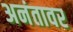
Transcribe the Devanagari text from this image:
अनंतावर